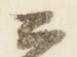
公